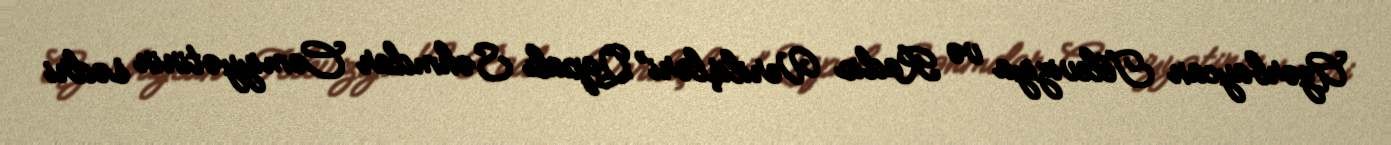
Azərbaycan Televiziya və Radio Verilişləri” Qapalı Səhmdar Cəmiyyətinin sədri